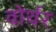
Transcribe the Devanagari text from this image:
वोर्थर